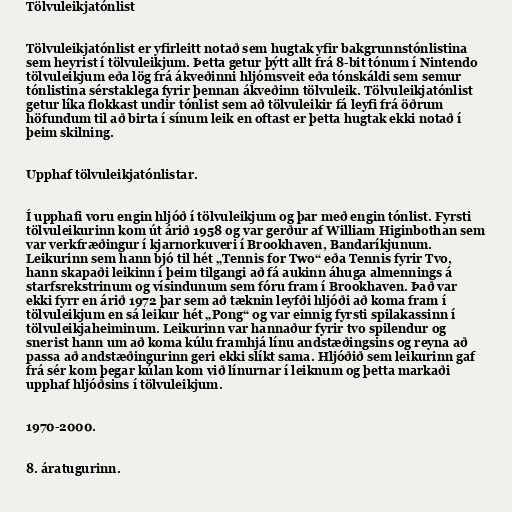
Tölvuleikjatónlist

Tölvuleikjatónlist er yfirleitt notað sem hugtak yfir bakgrunnstónlistina
sem heyrist í tölvuleikjum. Þetta getur þýtt allt frá 8-bit tónum í Nintendo
tölvuleikjum eða lög frá ákveðinni hljómsveit eða tónskáldi sem semur
tónlistina sérstaklega fyrir þennan ákveðinn tölvuleik. Tölvuleikjatónlist
getur líka flokkast undir tónlist sem að tölvuleikir fá leyfi frá öðrum
höfundum til að birta í sínum leik en oftast er þetta hugtak ekki notað í
þeim skilning.

Upphaf tölvuleikjatónlistar.

Í upphafi voru engin hljóð í tölvuleikjum og þar með engin tónlist. Fyrsti
tölvuleikurinn kom út árið 1958 og var gerður af William Higinbothan sem
var verkfræðingur í kjarnorkuveri í Brookhaven, Bandaríkjunum.
Leikurinn sem hann bjó til hét „Tennis for Two“ eða Tennis fyrir Tvo,
hann skapaði leikinn í þeim tilgangi að fá aukinn áhuga almennings á
starfsrekstrinum og vísindunum sem fóru fram í Brookhaven. Það var
ekki fyrr en árið 1972 þar sem að tæknin leyfði hljóði að koma fram í
tölvuleikjum en sá leikur hét „Pong“ og var einnig fyrsti spilakassinn í
tölvuleikjaheiminum. Leikurinn var hannaður fyrir tvo spilendur og
snerist hann um að koma kúlu framhjá línu andstæðingsins og reyna að
passa að andstæðingurinn geri ekki slíkt sama. Hljóðið sem leikurinn gaf
frá sér kom þegar kúlan kom við línurnar í leiknum og þetta markaði
upphaf hljóðsins í tölvuleikjum.

1970-2000.

8. áratugurinn.